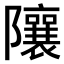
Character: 𨽢